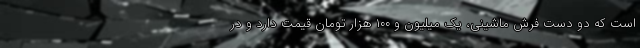
است که دو دست فرش ماشینی، یک میلیون و ۱۰۰ هزار تومان قیمت دارد و در